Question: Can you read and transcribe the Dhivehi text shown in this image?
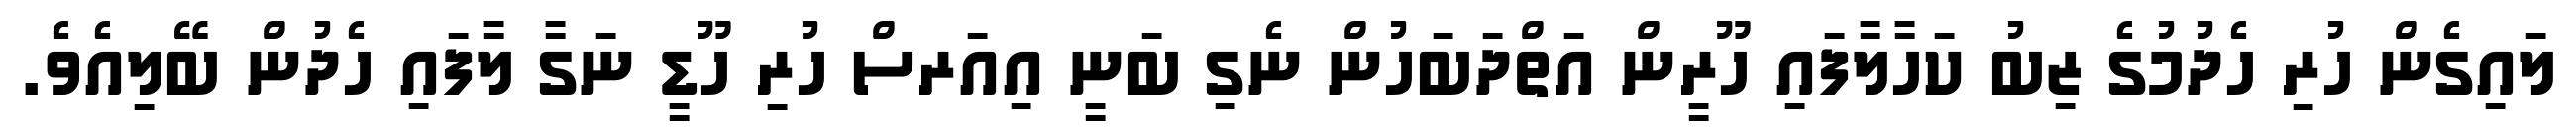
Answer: ލައިގެން ހުރި ހެދުމުގެ ޒިބު ކަހާލާފައި ހޫރީން އަތްދަބަހުން ނެގި ބަނީ އިއަރސް ހުރި ހޫޑީ ނަގާ ލާފައި ހެދުން ބޭލިއެވެ.